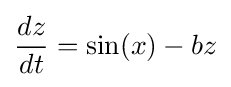
{\frac {dz}{dt}}=\sin(x)-bz